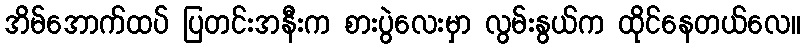
အိမ်အောက်ထပ် ပြတင်းအနီးက စားပွဲလေးမှာ လွမ်းနွယ်က ထိုင်နေတယ်လေ။